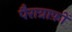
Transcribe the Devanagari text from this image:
पैराग्राफ़ों